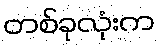
တစ်ခုလုံးက